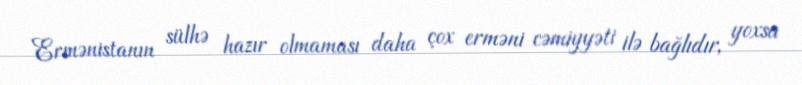
Ermənistanın sülhə hazır olmaması daha çox erməni cəmiyyəti ilə bağlıdır, yoxsa